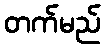
တက်မည်